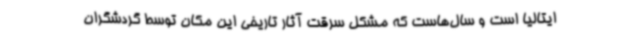
ایتالیا است و سال‌هاست که مشکل سرقت آثار تاریخی این مکان توسط گردشگران